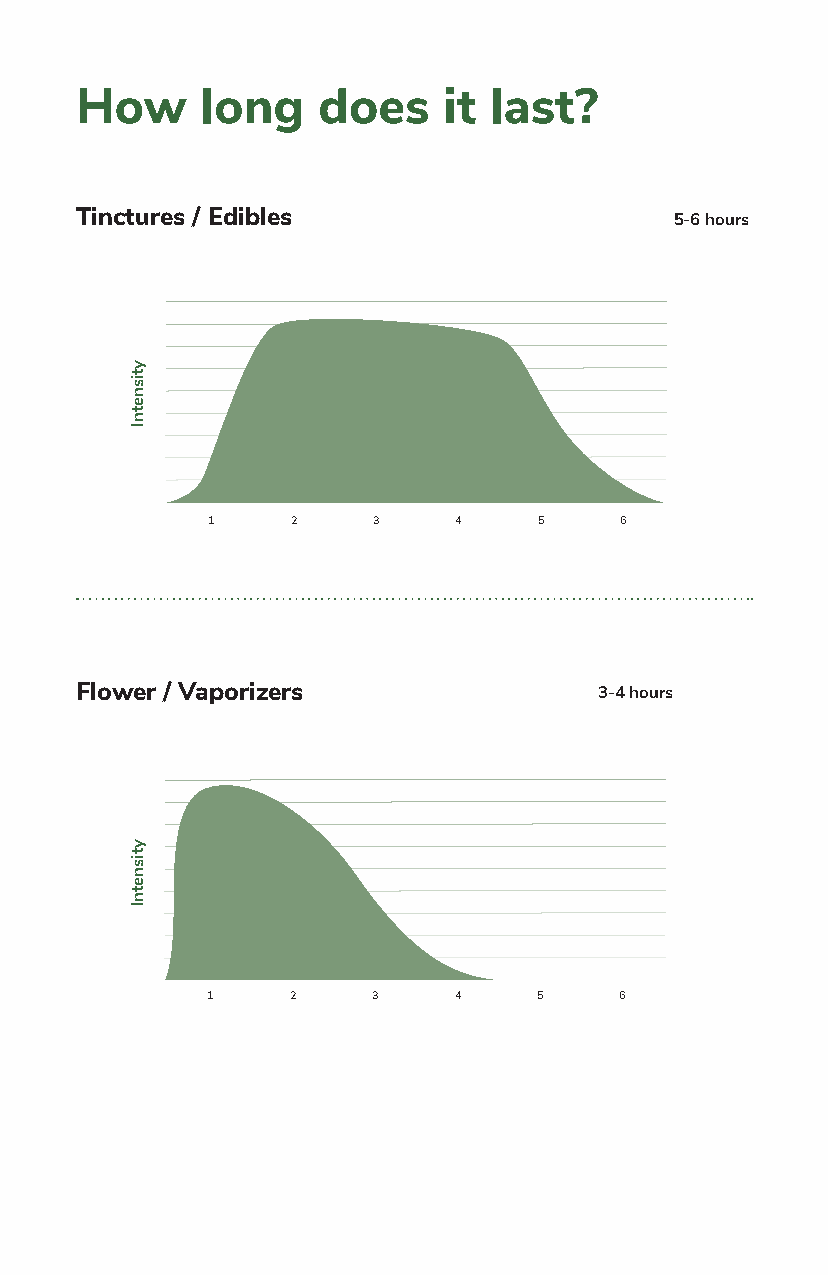
1    2     3    4     5    6
 Flower/Vape
 How     long    does    it last?
 1    2     3    4     5    6
 Concentrate/Vape
 Tinctures / Edibles                     5-6 hours
 1    2     3    4     5    6
 Tincture/Edibles
 Flower / Vaporizers                3-4 hours
 1    2    3     4    5     6
 Topicals
 1    2     3    4     5    6
 Flower/Vape
 UTTHC_Patient_Guide.indd 10                   2/11/21 11:39 AM
 1    2     3    4     5    6
 Concentrate/Vape
 1    2     3    4     5    6
 Tincture/Edibles
 1     2    3     4    5     6
 Topicals
 ytisnetnI
 ytisnetnI